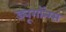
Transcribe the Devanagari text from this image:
ड्यूगॉन्ग्स